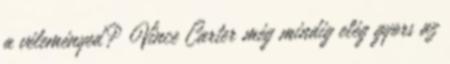
a véleményed? Vince Carter még mindig elég gyors az